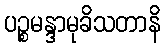
ပဉ္စမန္ဒာမုခိသတာနိ